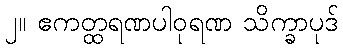
၂။ ဧကတ္ထရဏပါဝုရဏ သိက္ခာပုဒ်